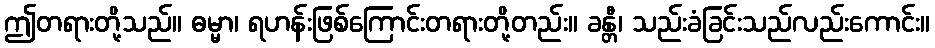
ဤတရားတို့သည်။ ဓမ္မာ၊ ရဟန်းဖြစ်ကြောင်းတရားတို့တည်း။ ခန္တီ၊ သည်းခံခြင်းသည်လည်းကောင်း။